Eesti_Vabariigi_Tartu_Ulikool, lk 131
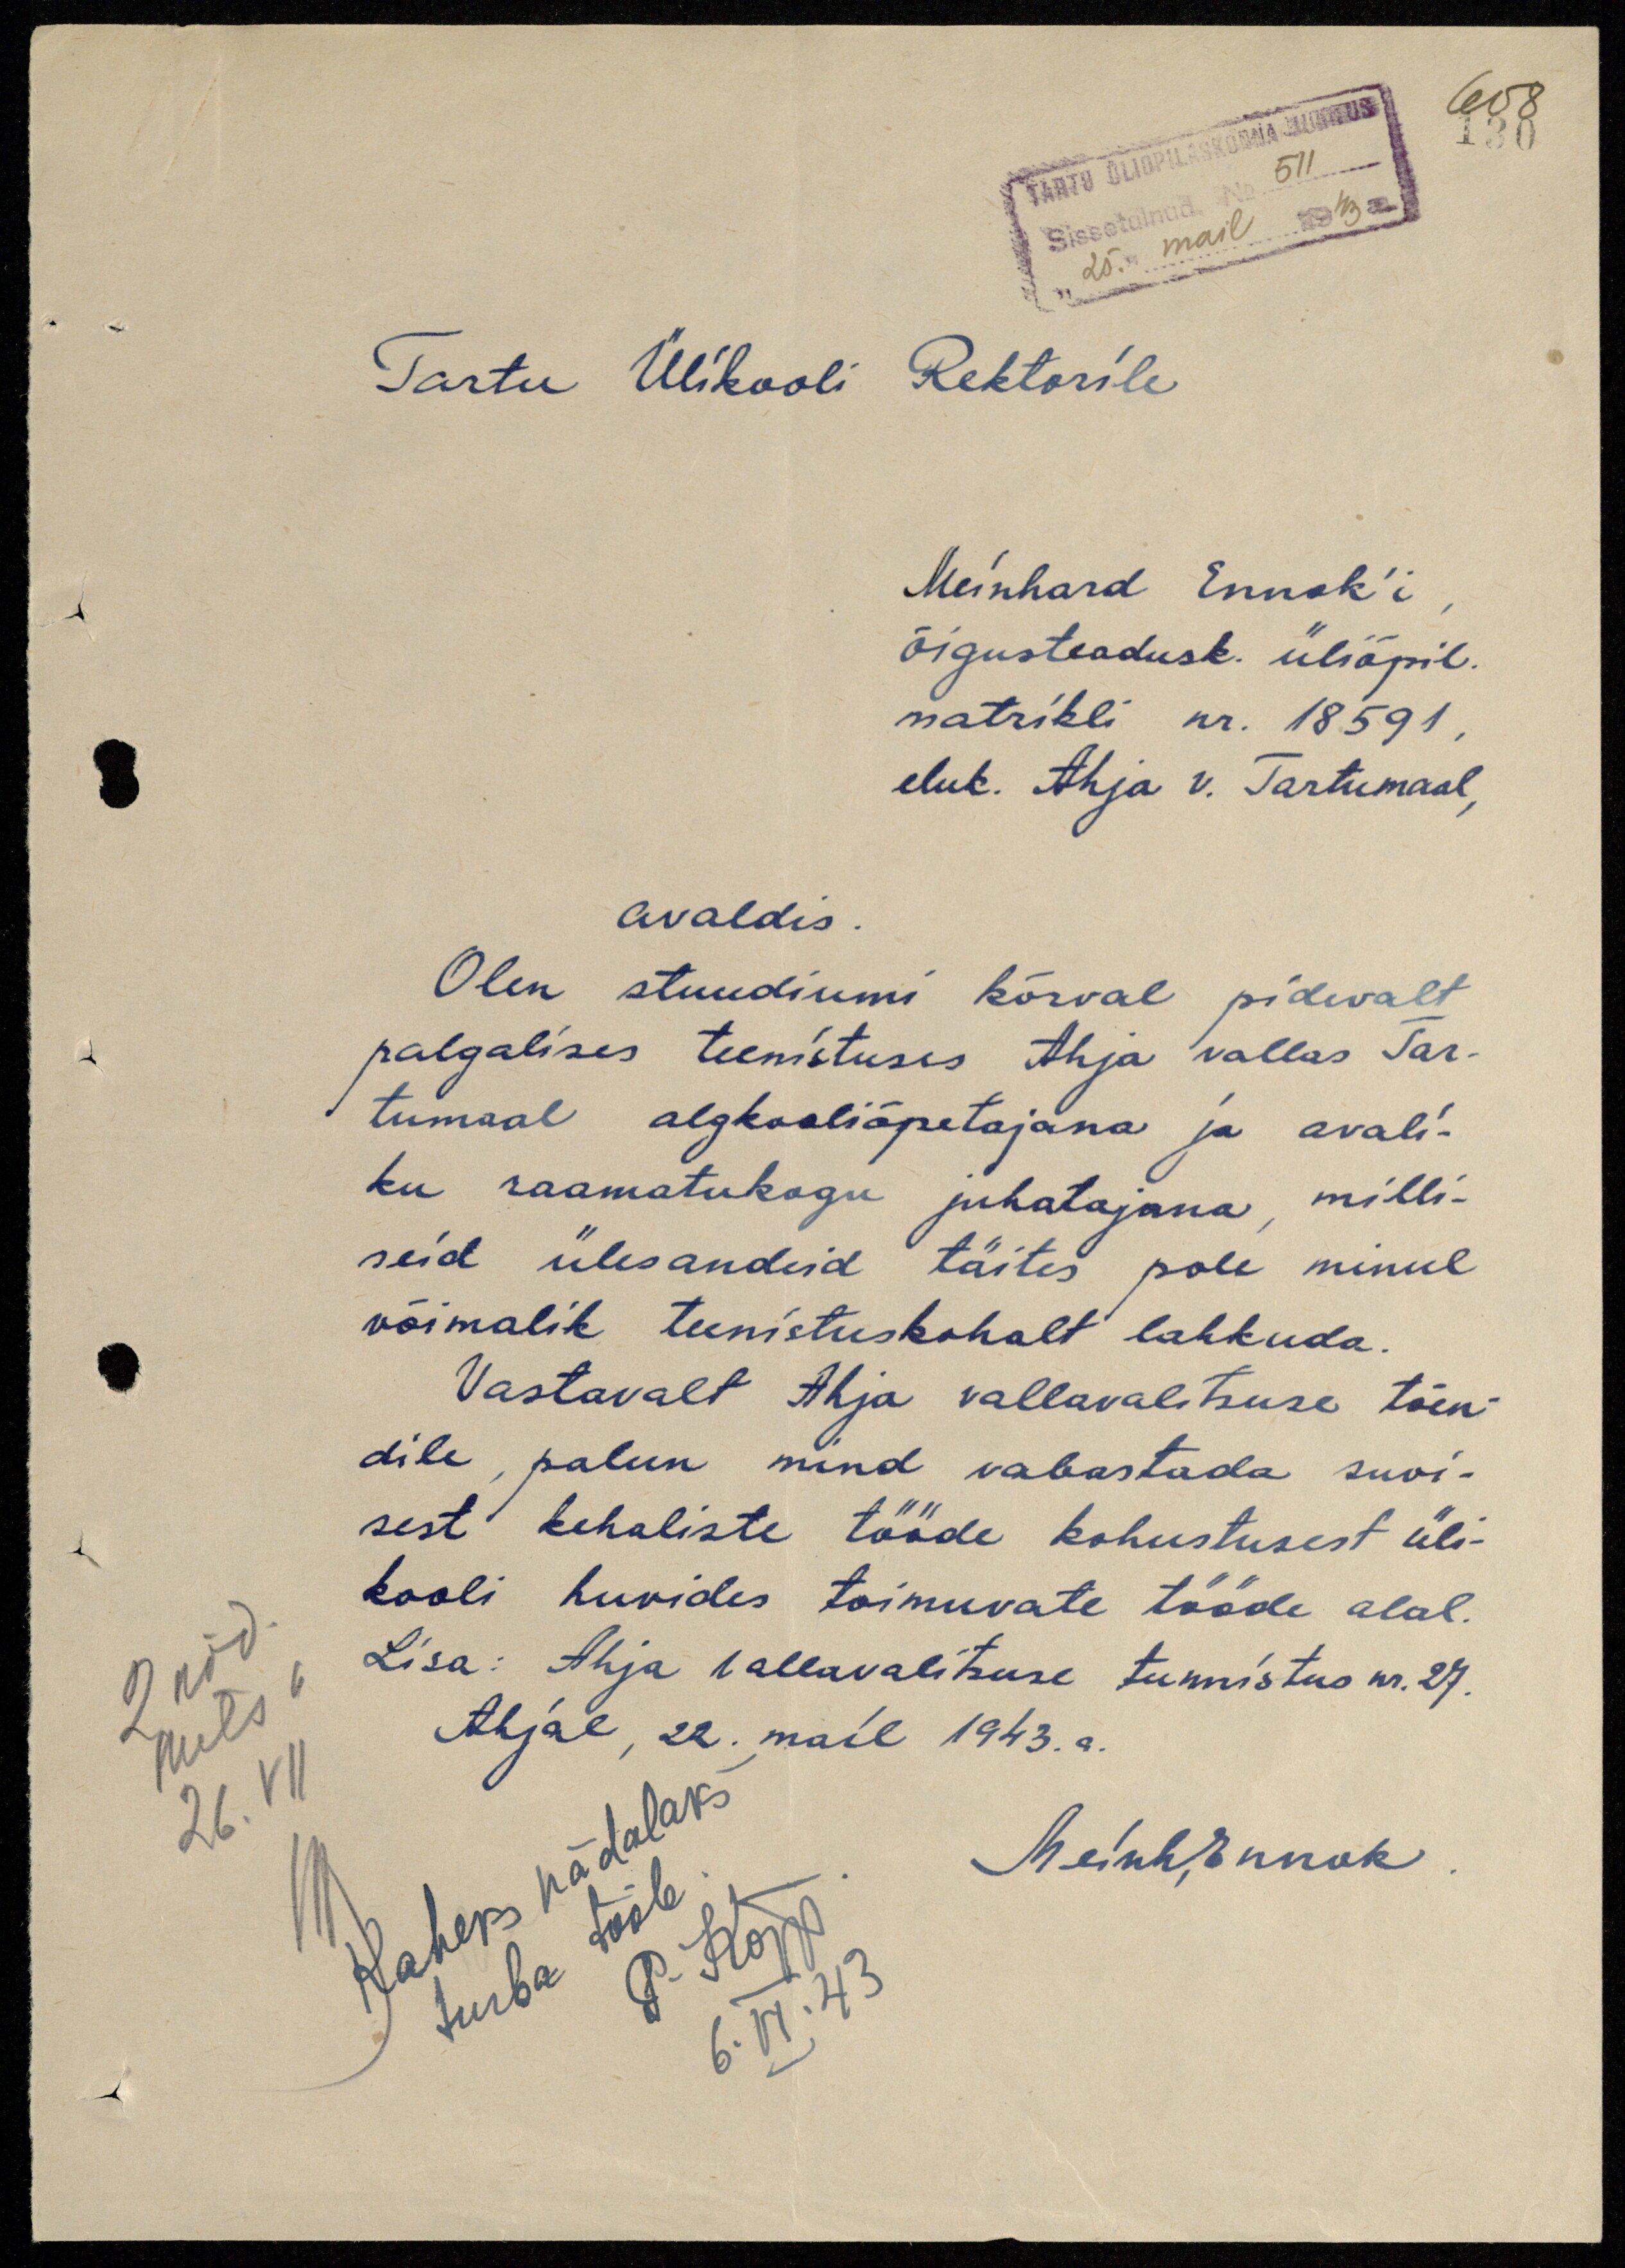
608
130
TARTU ÜLIÕPILASKONNA JUHATUS
Sissetulnud. No 511
25." mail 1943 a.
Tartu Ülikooli Rektorile
Meinhard Ennok'i
õigusteadusk. üliõpil.
matrikli nr. 18591,
eluk. Ahja v. Tartumaal,
avaldis.
Olen stuudiumi kõrval pidevalt
palgalises teenistuses Ahja vallas Tar-
tumaal algkooliõpetajana ja avali-
ku raamatukogu juhatajana, milli-
seid ülesandeid täites pole minul
võimalik teenistuskohalt lahkuda
Vastavalt Ahja vallavalitsuse tõen-
dile, palun mind vabastada suvi-
sest kehaliste tööde kohustusest üli-
kooli huvides toimuvate tööde alal.
Lisa: Ahja vallavalitsuse tunnistus nr. 27.
Ahjal, 22. mail 1943. a.
Meinh, Ennok
2 näd.
Mets k
26. VII
MG